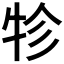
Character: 𤙁